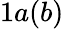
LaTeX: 1a(b)